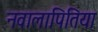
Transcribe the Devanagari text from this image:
नवालापितिया